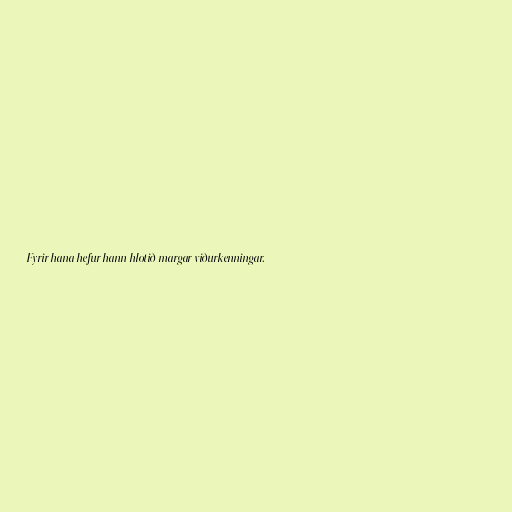
Fyrir hana hefur hann hlotið margar viðurkenningar.